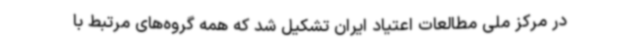
در مرکز ملی مطالعات اعتیاد ایران تشکیل شد که همه گروه‌های مرتبط با